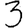
Digit: 3